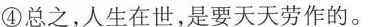
④总之，人生在世，是要天天劳作的。